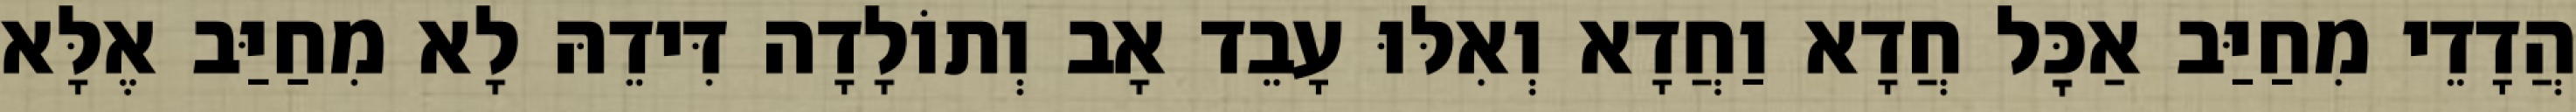
הֲדָדֵי מִחַיַּב אַכׇּל חֲדָא וַחֲדָא וְאִלּוּ עָבֵד אָב וְתוֹלָדָה דִּידֵהּ לָא מִחַיַּב אֶלָּא